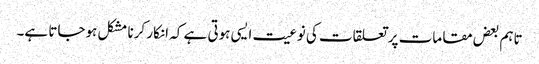
تاہم بعض مقامات پر تعلقات کی نوعیت ایسی ہوتی ہے کہ انکار کرنا مشکل ہوجاتا ہے۔